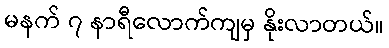
မနက် ၇ နာရီလောက်ကျမှ နိုးလာတယ်။